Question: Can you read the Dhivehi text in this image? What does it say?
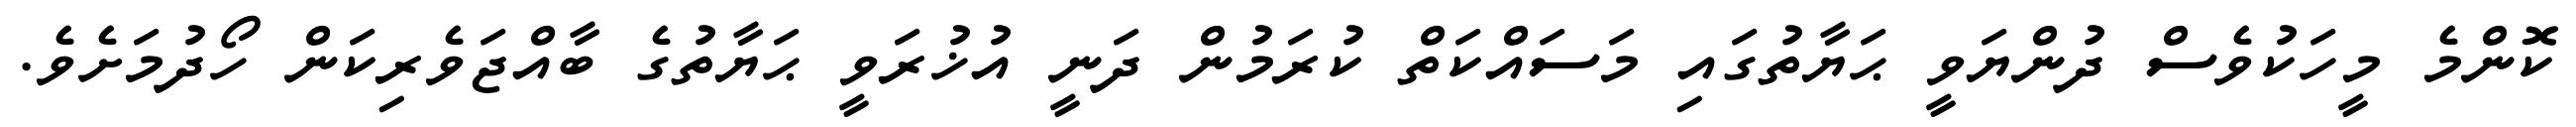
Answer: ކޮންމެ މީހަކުވެސް ދުންޔަވީ ޙަޔާތުގައި މަސައްކަތް ކުރަމުން ދަނީ އުޚުރަވީ ޙަޔާތުގެ ބާއްޖަވެރިކަން ހޯދުމަށެވެ.